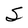
Character: S